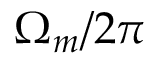
\Omega _ { m } / 2 \pi